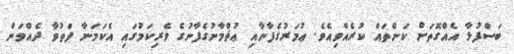
ބަސްފުޅާ އެއްގޮތަށް ކަންތައް ކުރެއްވިއެވެ. ޢުމަރުގެފާނާއި ޢުޘްމާނުގެފާނުގެ ވެރިކަމުގައި އެކަމަނާ ފަތުވާ ދެއްވަން